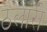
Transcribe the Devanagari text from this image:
ठेलारी